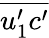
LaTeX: \overline{{u_{1}^{\prime}c^{\prime}}}